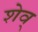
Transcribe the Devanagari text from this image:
शेव्